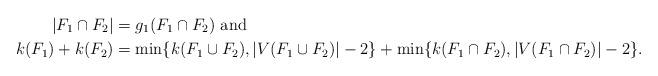
LaTeX: \begin{align*}|F_1\cap F_2|&=g_1(F_1\cap F_2) \mbox{ and } \\ k(F_1)+k(F_2)&=\min\{k(F_1\cup F_2), |V(F_1\cup F_2)|-2\}+\min\{k(F_1\cap F_2), |V(F_1\cap F_2)|-2\}.\end{align*}